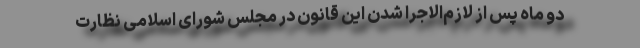
دو ماه پس از لازم‌الاجرا شدن این قانون در مجلس شورای اسلامی نظارت